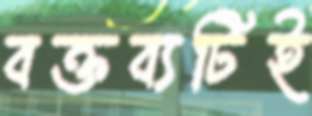
বক্তব্যটিই